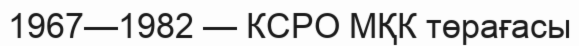
1967—1982 — КСРО МҚК төрағасы